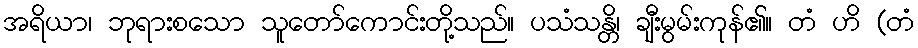
အရိယာ၊ ဘုရားစသော သူတော်ကောင်းတို့သည်။ ပသံသန္တိ၊ ချီးမွမ်းကုန်၏။ တံ ဟိ (တံ